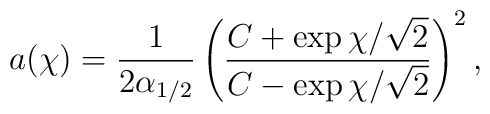
a(\chi)  = \frac{1}{2\alpha_{1/2}}\left (\frac{C + \exp\chi/\sqrt{2}}{C - \exp\chi/\sqrt{2}}\right )^{2},